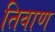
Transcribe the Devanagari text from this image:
तिवाण